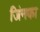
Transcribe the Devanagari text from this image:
जिंनका